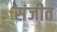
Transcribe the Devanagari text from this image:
संजीत